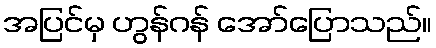
အပြင်မှ ဟွန်ဂန် အော်ပြောသည်။